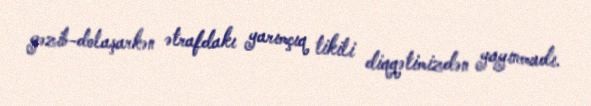
gəzib-dolaşarkən ətrafdakı yarımçıq tikili diqqətimizdən yayınmadı.